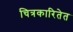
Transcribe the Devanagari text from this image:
चित्रकारितेत